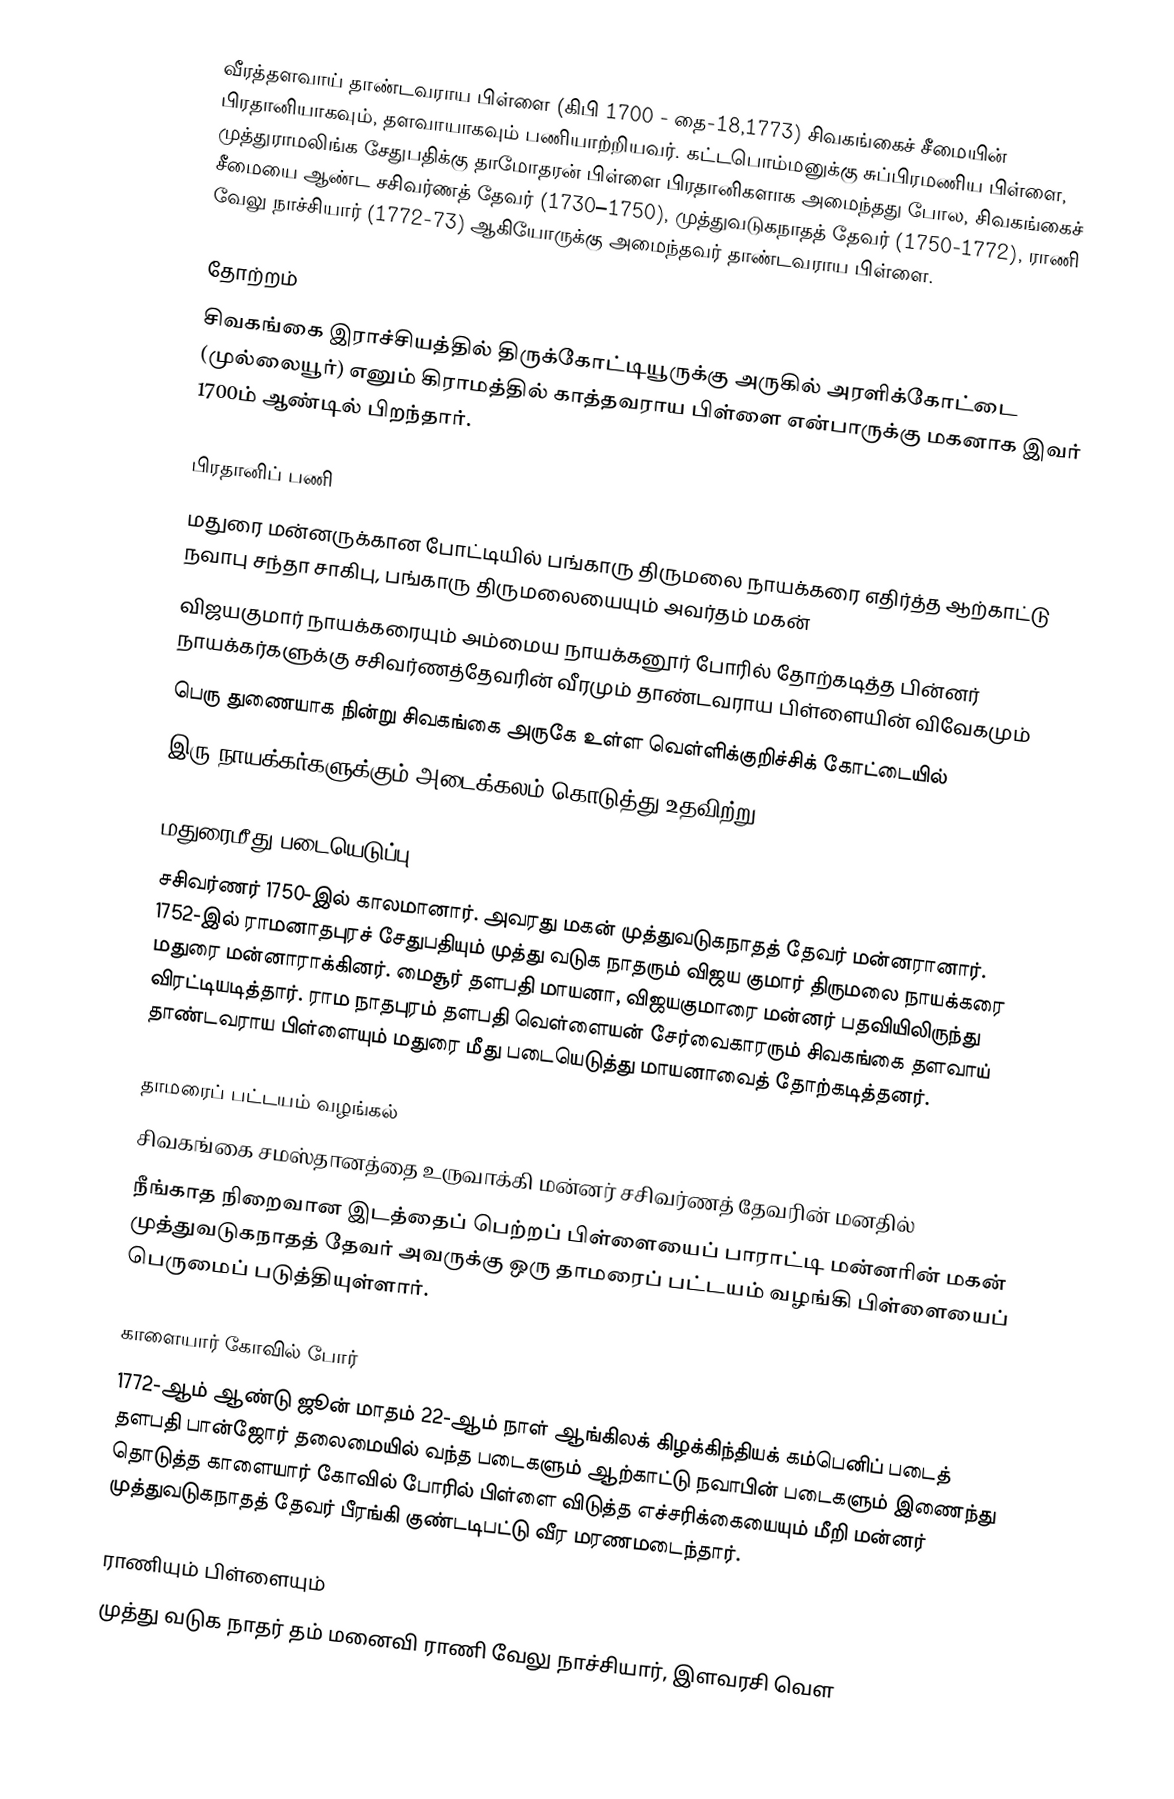
வீரத்தளவாய் தாண்டவராய பிள்ளை (கிபி 1700 -  தை-18,1773) சிவகங்கைச் சீமையின் பிரதானியாகவும், தளவாயாகவும் பணியாற்றியவர். கட்டபொம்மனுக்கு சுப்பிரமணிய பிள்ளை, முத்துராமலிங்க சேதுபதிக்கு தாமோதரன் பிள்ளை பிரதானிகளாக அமைந்தது போல, சிவகங்கைச் சீமையை ஆண்ட சசிவர்ணத் தேவர் (1730–1750), முத்துவடுகநாதத் தேவர் (1750-1772), ராணி வேலு நாச்சியார் (1772-73) ஆகியோருக்கு அமைந்தவர் தாண்டவராய பிள்ளை.

தோற்றம்
சிவகங்கை இராச்சியத்தில் திருக்கோட்டியூருக்கு அருகில் அரளிக்கோட்டை (முல்லையூர்) எனும் கிராமத்தில் காத்தவராய பிள்ளை என்பாருக்கு மகனாக இவர் 1700ம் ஆண்டில் பிறந்தார்.

பிரதானிப் பணி
மதுரை மன்னருக்கான போட்டியில் பங்காரு திருமலை நாயக்கரை எதிர்த்த ஆற்காட்டு நவாபு சந்தா சாகிபு, பங்காரு திருமலையையும் அவர்தம் மகன்
விஜயகுமார் நாயக்கரையும் அம்மைய நாயக்கனூர் போரில் தோற்கடித்த பின்னர் நாயக்கர்களுக்கு சசிவர்ணத்தேவரின் வீரமும் தாண்டவராய பிள்ளையின் விவேகமும்
பெரு துணையாக  நின்று சிவகங்கை அருகே உள்ள வெள்ளிக்குறிச்சிக் கோட்டையில்
இரு நாயக்கர்களுக்கும் அடைக்கலம் கொடுத்து உதவிற்று.

மதுரைமீது படையெடுப்பு
சசிவர்ணர் 1750-இல் காலமானார். அவரது மகன் முத்துவடுகநாதத் தேவர் மன்னரானார். 1752-இல் ராமனாதபுரச் சேதுபதியும் முத்து வடுக நாதரும் விஜய குமார் திருமலை நாயக்கரை மதுரை மன்னாராக்கினர். மைசூர் தளபதி மாயனா, விஜயகுமாரை மன்னர் பதவியிலிருந்து விரட்டியடித்தார். ராம நாதபுரம் தளபதி வெள்ளையன் சேர்வைகாரரும் சிவகங்கை தளவாய் தாண்டவராய பிள்ளையும் மதுரை மீது படையெடுத்து மாயனாவைத் தோற்கடித்தனர்.

தாமரைப் பட்டயம் வழங்கல்
சிவகங்கை சமஸ்தானத்தை உருவாக்கி மன்னர் சசிவர்ணத் தேவரின் மனதில்
நீங்காத நிறைவான இடத்தைப் பெற்றப் பிள்ளையைப் பாராட்டி மன்னரின் மகன் முத்துவடுகநாதத் தேவர் அவருக்கு ஒரு தாமரைப் பட்டயம் வழங்கி பிள்ளையைப் பெருமைப் படுத்தியுள்ளார்.

காளையார் கோவில் போர்
1772-ஆம் ஆண்டு ஜூன் மாதம் 22-ஆம் நாள் ஆங்கிலக் கிழக்கிந்தியக் கம்பெனிப் படைத் தளபதி பான்ஜோர் தலைமையில் வந்த படைகளும் ஆற்காட்டு நவாபின் படைகளும் இணைந்து தொடுத்த காளையார் கோவில் போரில் பிள்ளை விடுத்த எச்சரிக்கையையும் மீறி மன்னர் முத்துவடுகநாதத் தேவர் பீரங்கி குண்டடிபட்டு வீர மரணமடைந்தார்.

ராணியும் பிள்ளையும்
முத்து வடுக நாதர் தம் மனைவி ராணி வேலு நாச்சியார், இளவரசி வெள